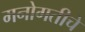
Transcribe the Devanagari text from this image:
मनोगतीचे